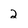
Character: 2